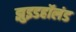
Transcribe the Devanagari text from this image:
झुइडहॉलंड